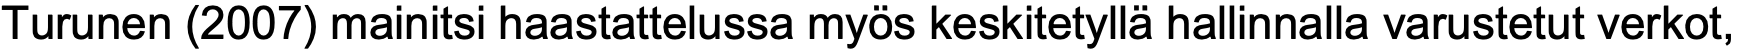
Turunen (2007) mainitsi haastattelussa myös keskitetyllä hallinnalla varustetut verkot,